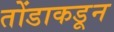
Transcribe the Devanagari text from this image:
तोंडाकडून